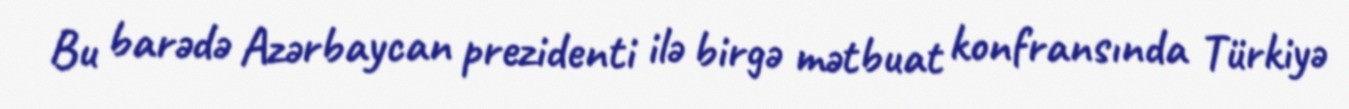
Bu barədə Azərbaycan prezidenti ilə birgə mətbuat konfransında Türkiyə